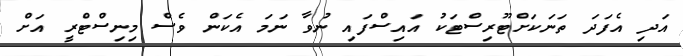
އަދި އެފަދަ ތަނަކަށްޓޫރިސްޓަކު އައިސްފައި ނުވާ ނަމަ އެކަން ވެސް މިނިސްޓްރީ އަށް